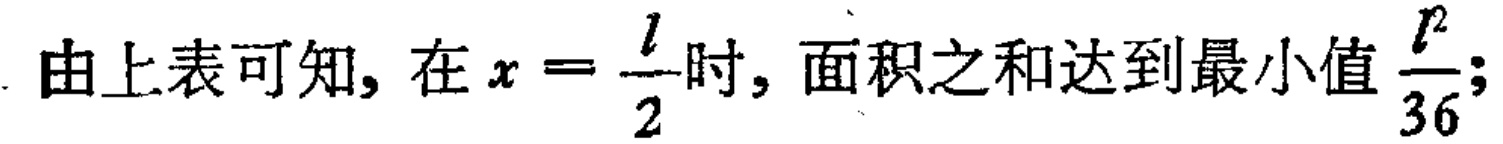
由上表可知, 在 \(x = \frac{l}{2}\) 时, 面积之和达到最小值 \(\frac{l^{2}}{36}\);